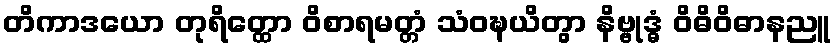
တိကာဒယော တုရိတ္ထော ဝိစာရမတ္တံ သံဝဍ္ဎယိတွာ နိဗ္ဗုဒ္ဓံ ဝိဓိဝိဓာနညူ